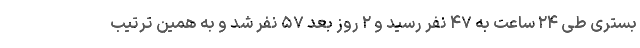
بستری طی ۲۴ ساعت به ۴۷ نفر رسید و ۲ روز بعد ۵۷ نفر شد و به همین ترتیب